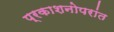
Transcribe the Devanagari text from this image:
प्रकाशनोपरांत